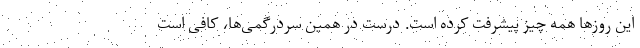
این روزها همه چیز پیشرفت کرده است. درست در همین سردرگمی‌ها، کافی است